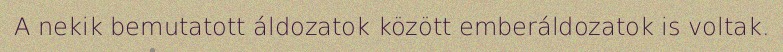
A nekik bemutatott áldozatok között emberáldozatok is voltak.